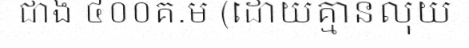
ជាង ៤០០គ.ម (ដោយគ្មានលុយ